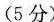
(5分)